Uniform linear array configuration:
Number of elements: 12
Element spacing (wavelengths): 0.75
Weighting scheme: hamming
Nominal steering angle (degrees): -15
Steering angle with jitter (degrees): -16.987
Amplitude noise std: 0.05
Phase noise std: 0.05

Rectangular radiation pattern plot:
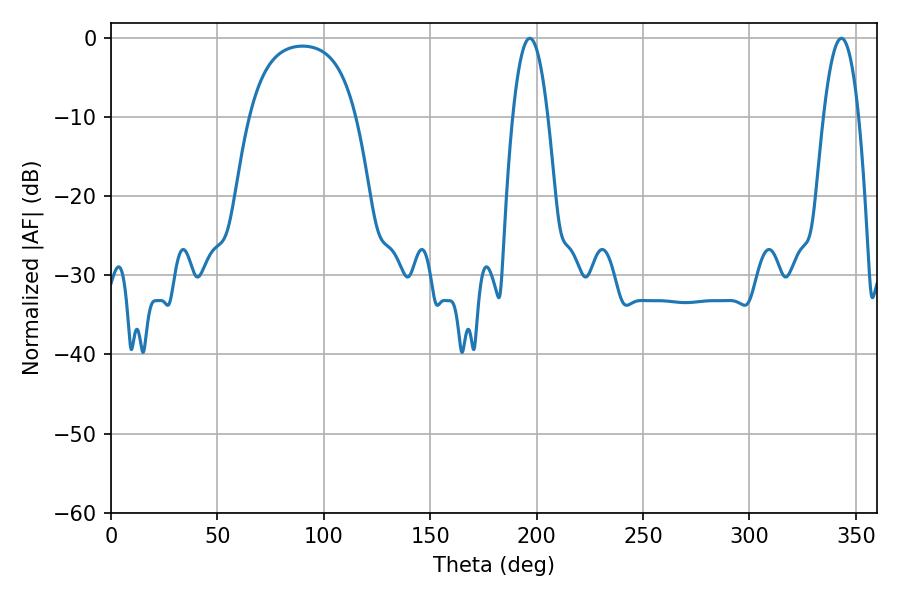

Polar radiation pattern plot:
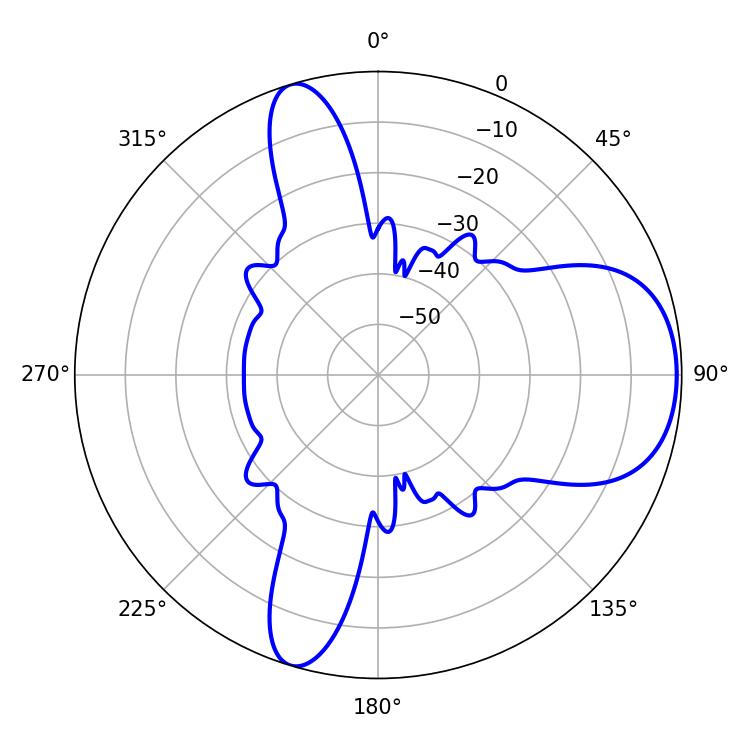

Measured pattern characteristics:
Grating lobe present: TRUE
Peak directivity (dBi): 7.403
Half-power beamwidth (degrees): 9.18
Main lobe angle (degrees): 196.74